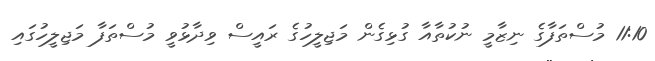
11:10 މުސްތަފާގެ ނިޒާމީ ނުކުތާއާ ގުޅިގެން މަޖިލީހުގެ ރައީސް ވިދާޅުވީ މުސްތަފާ މަޖިލީހުގައި